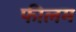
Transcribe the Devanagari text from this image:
फीलम